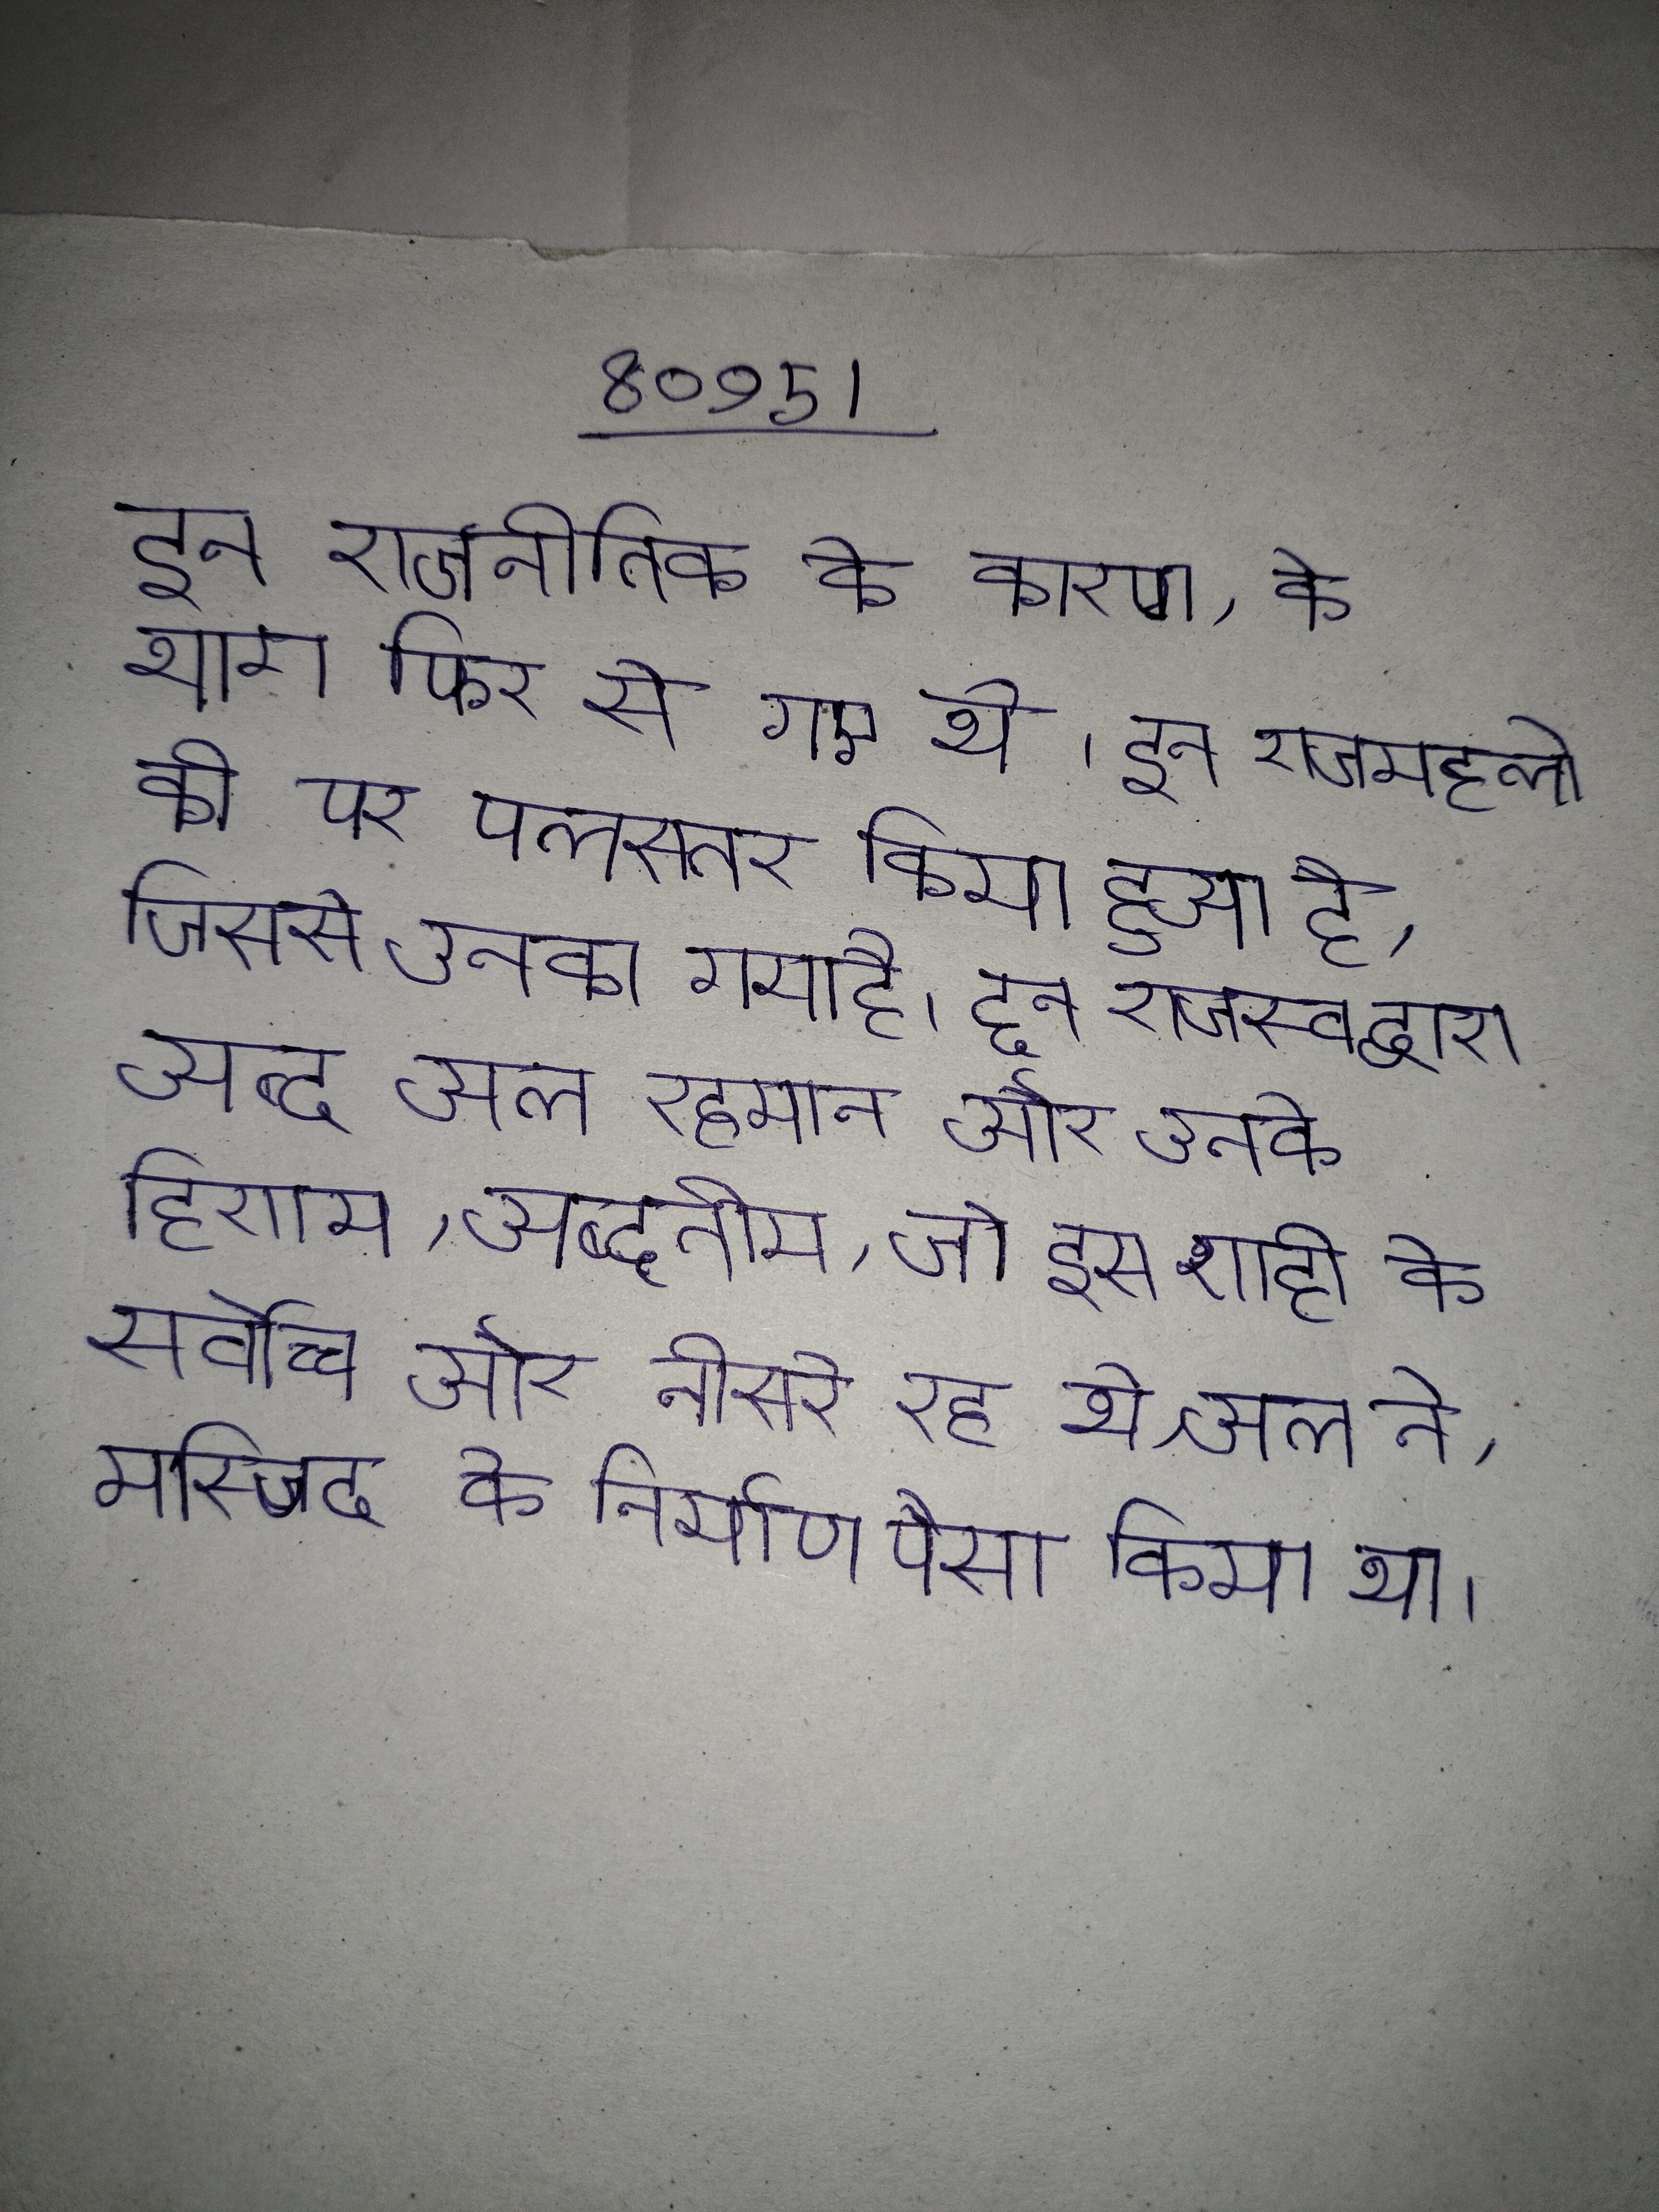
इन राजनीतिक के कारण, के भाग फिर से गए थे । इन राजमहलो की पर पलस्तर किया हुआ है, जिससे उनका गया है । इन राजस्व द्वारा अब्द अल रहमान और उनके हिशाम, अब्द अररहमान द्वितीय, जो इस शाही के सर्वोच्च और तीसरे रहे थे, अल ने, मस्जिद के निर्माण पैसा किया था ।